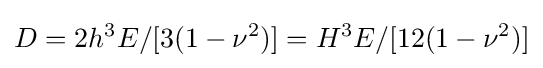
D=2h^{3}E/[3(1-\nu ^{2})]=H^{3}E/[12(1-\nu ^{2})]